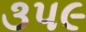
૩પ૯